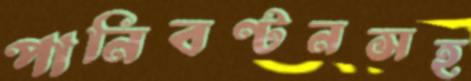
পানিবণ্টনসহ